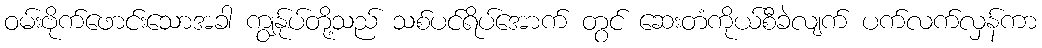
ဝမ်းဗိုက်ဖောင်းသောအခါ ကျွန်ုပ်တို့သည် သစ်ပင်ရိပ်အောက် တွင် ဆေးတံကိုယ်စီခဲလျက် ပက်လက်လှန်ကာ